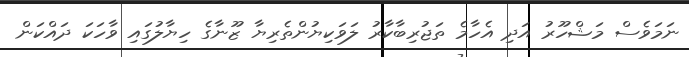
ނަމަވެސް މަޝްހޫރު އަދި އެހާމެ ތަޖުރިބާކާރު ލަވަކިޔުންތެރިޔާ ޒޫނާގެ ހިޔާލުގައި ވާހަކަ ދައްކަން